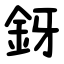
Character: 釾